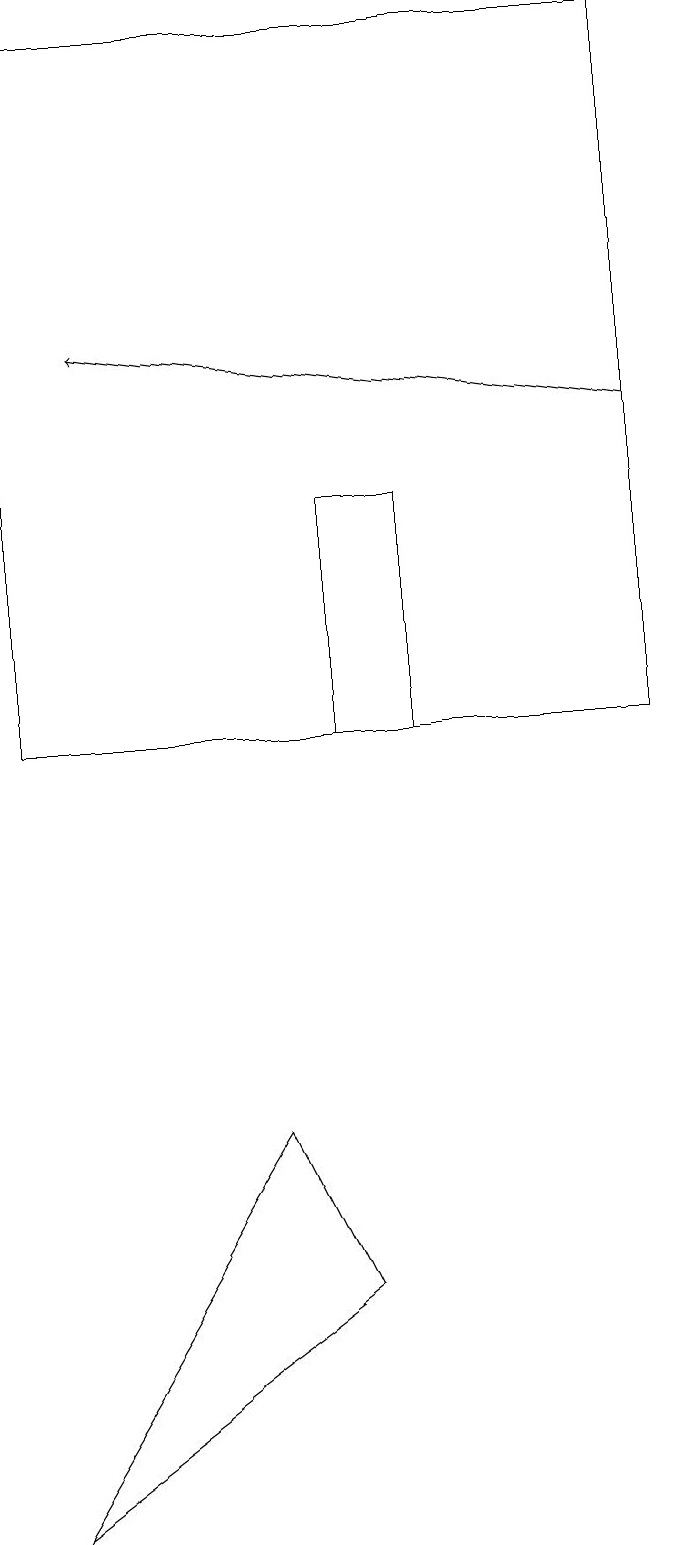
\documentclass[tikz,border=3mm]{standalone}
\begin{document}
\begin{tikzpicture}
\draw (4,10) rectangle (5,13);
\draw (8,10) rectangle (0,19);
\draw (0,0) -- (4,3) -- (3,5) -- cycle;
\draw[->] (8,14) -- (1,15);
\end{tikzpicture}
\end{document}